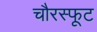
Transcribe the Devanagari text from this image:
चौरस्फूट